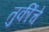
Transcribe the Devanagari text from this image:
तुर्कींचे